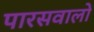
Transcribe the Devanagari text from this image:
पारसवालों